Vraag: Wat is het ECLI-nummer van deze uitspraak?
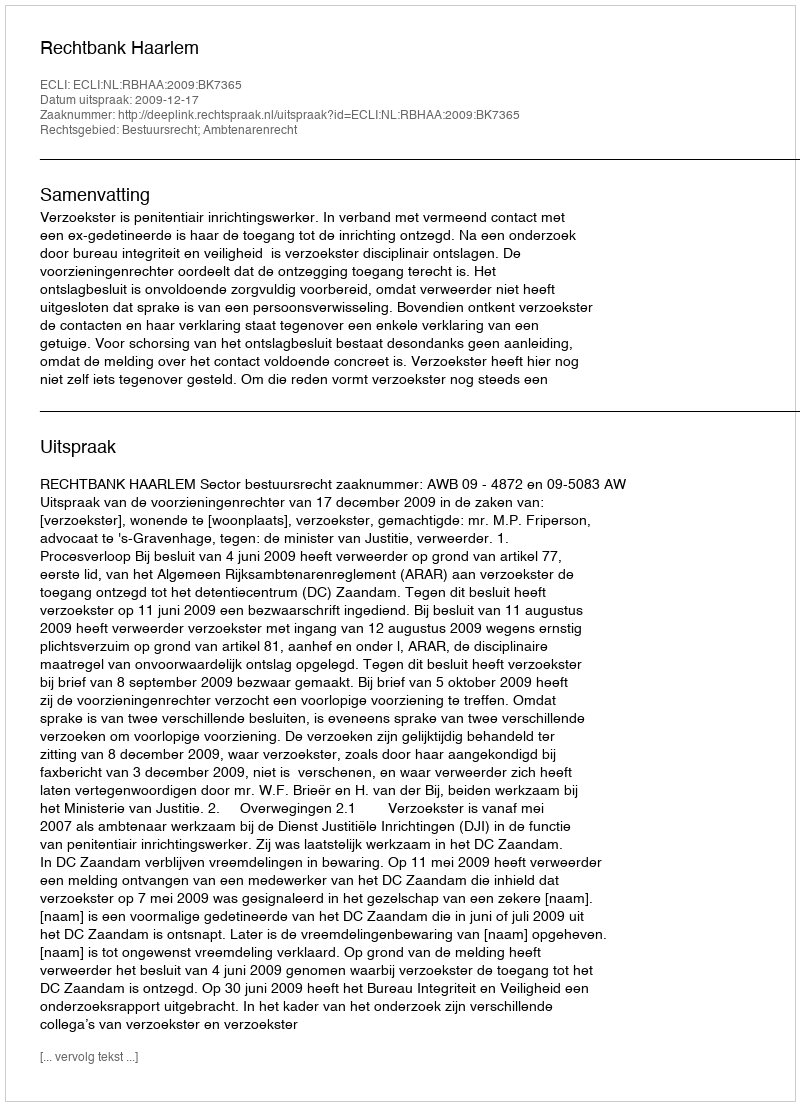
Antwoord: ECLI:NL:RBHAA:2009:BK7365